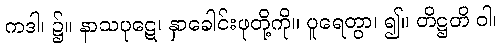
ကဒါ၊ ၌။ နာသပုဋေ၊ နှာခေါင်းဖုတို့ကို။ ပူရေတွာ၊ ၍။ တိဋ္ဌတိ ဝါ၊